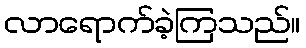
လာရောက်ခဲ့ကြသည်။